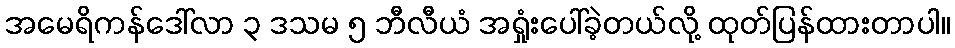
အမေရိကန်ဒေါ်လာ ၃ ဒသမ ၅ ဘီလီယံ အရှုံးပေါ်ခဲ့တယ်လို့ ထုတ်ပြန်ထားတာပါ။